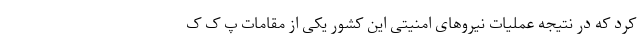
کرد که در نتیجه عملیات نیروهای امنیتی این کشور یکی از مقامات پ ک ک